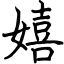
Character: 嬉